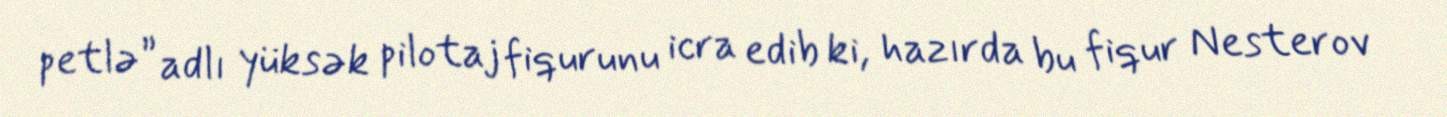
petlə” adlı yüksək pilotaj fiqurunu icra edib ki, hazırda bu fiqur Nesterov